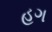
હગ